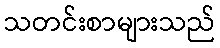
သတင်းစာများသည်